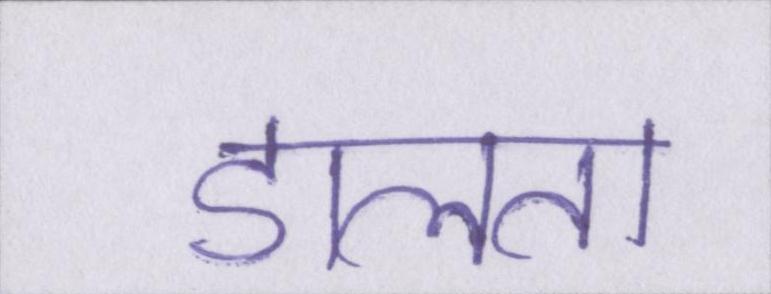
डालता